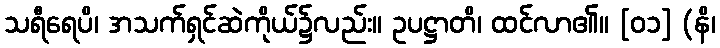
သရီရေပိ၊ အသက်ရှင်ဆဲကိုယ်၌လည်း။ ဥပဋ္ဌာတိ၊ ထင်လာ၏။ [၀၁] (နိ၊